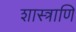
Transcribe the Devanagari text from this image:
शास्त्राणि